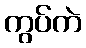
ကွပ်ကဲ